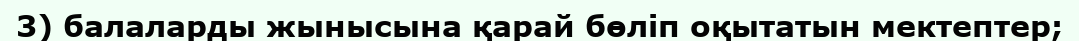
3) балаларды жынысына қарай бөліп оқытатын мектептер;